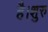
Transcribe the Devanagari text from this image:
है।शुरु